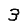
Digit: 3